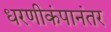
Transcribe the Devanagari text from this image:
धरणीकंपानंतर